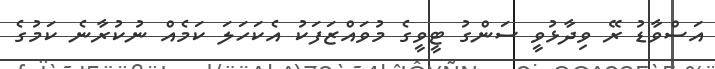
އަސްވާޑު ރޭ ވިދާޅުވީ ސަންގު ޓީވީގެ މުވައްޒަފަކު އެކަހަލަ ކަމެއް ނުކުރާނެ ކަމުގެ